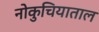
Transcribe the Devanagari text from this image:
नोकुचियाताल